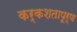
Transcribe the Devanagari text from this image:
कर्कशतापूर्ण